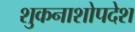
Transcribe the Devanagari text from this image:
शुकनाशोपदेश